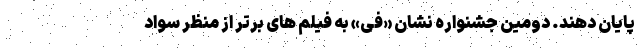
پایان دهند. دومین جشنواره نشان «فی» به فیلم های برتر از منظر سواد